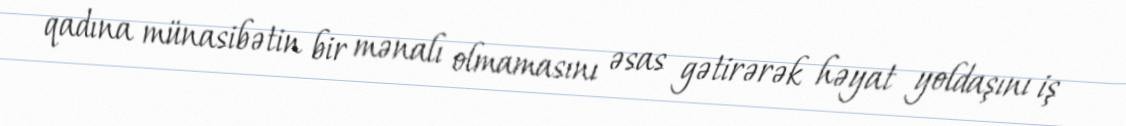
qadına münasibətin bir mənalı olmamasını əsas gətirərək həyat yoldaşını iş